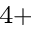
^ { 4 + }